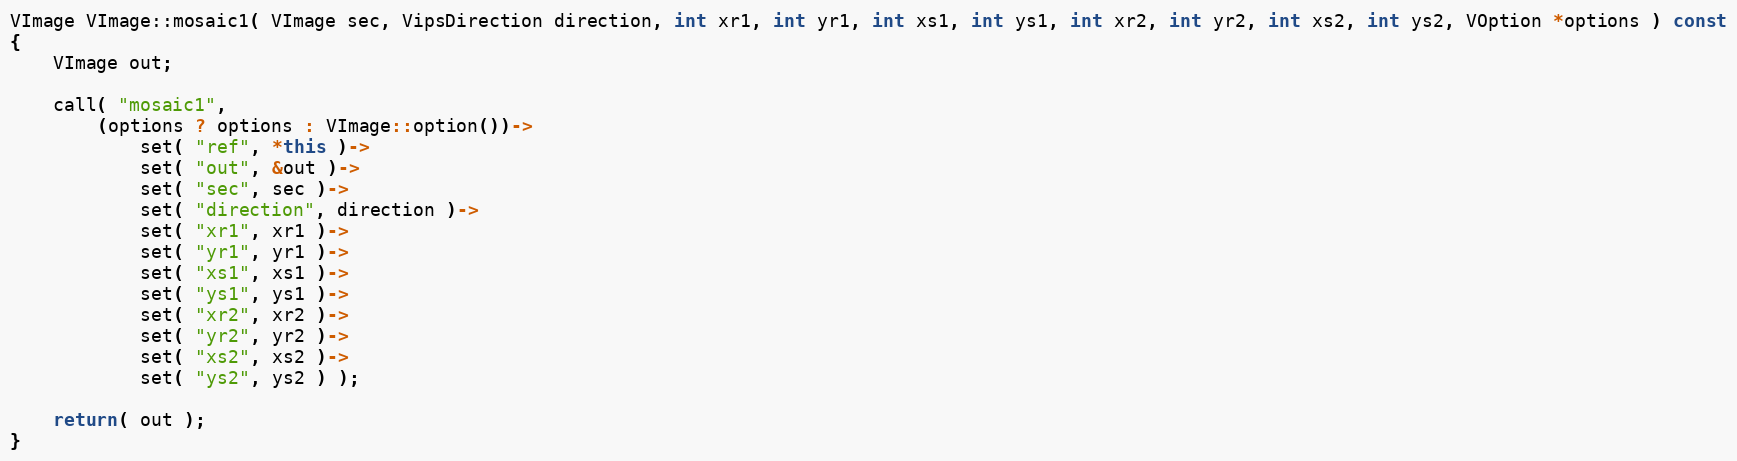
Language: C++
VImage VImage::mosaic1( VImage sec, VipsDirection direction, int xr1, int yr1, int xs1, int ys1, int xr2, int yr2, int xs2, int ys2, VOption *options ) const
{
    VImage out;

    call( "mosaic1",
        (options ? options : VImage::option())->
            set( "ref", *this )->
            set( "out", &out )->
            set( "sec", sec )->
            set( "direction", direction )->
            set( "xr1", xr1 )->
            set( "yr1", yr1 )->
            set( "xs1", xs1 )->
            set( "ys1", ys1 )->
            set( "xr2", xr2 )->
            set( "yr2", yr2 )->
            set( "xs2", xs2 )->
            set( "ys2", ys2 ) );

    return( out );
}